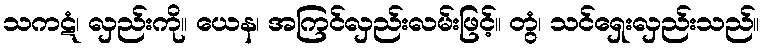
သကဋံ၊ လှည်းကို။ ယေန၊ အကြင်လှည်းလမ်းဖြင့်။ တွံ၊ သင်ရှေးလှည်းသည်။